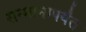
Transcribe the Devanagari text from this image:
सन्मानापर्यंत